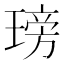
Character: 𤧭